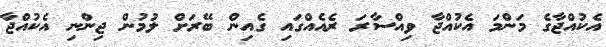
އެކުއްޖާގެ މަންމަ އެކުއްޖާ ވިއްސާރަ ރެއެއްގައި ގެއިން ބޭރަށް ލުމުން ޖިންނި އެކުއްޖާ